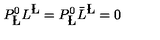
P _ { { \bf \L } } ^ { 0 } L ^ { { \bf \L } } = P _ { { \bf \L } } ^ { 0 } { \bar { L } } ^ { { \bf \L } } = 0